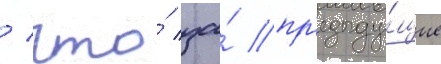
/ что́ за́ пр'едыду́щие